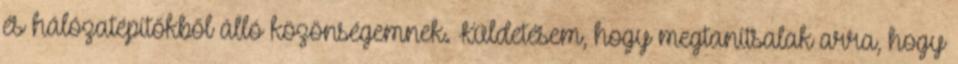
és hálózatépítőkből álló közönségemnek. Küldetésem, hogy megtanítsalak arra, hogy